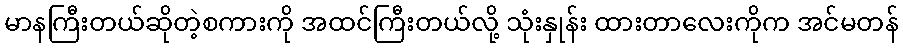
မာနကြီးတယ်ဆိုတဲ့စကားကို အထင်ကြီးတယ်လို့ သုံးနှုန်း ထားတာလေးကိုက အင်မတန်